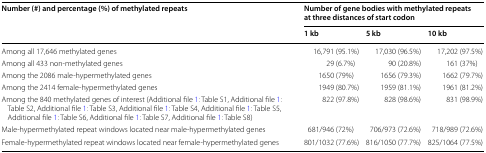
| <ROWSPAN=2> Number (#) and percentage (%) of methylated repeats | <COLSPAN=3> Number of gene bodies with methylated repeats at three distances of start codon |
 | 1 kb | 5 kb | 10 kb |
 | --- | --- | --- | --- |
 | Among all 17,646 methylated genes | 16,791 (95.1%) | 17,030 (96.5%) | 17,202 (97.5%) |
 | Among all 433 non-methylated genes | 29 (6.7%) | 90 (20.8%) | 161 (37%) |
 | Among the 2086 male-hypermethylated genes | 1650 (79%) | 1656 (79.3%) | 1662 (79.7%) |
 | Among the 2414 female-hypermethylated genes | 1949 (80.7%) | 1959 (81.1%) | 1961 (81.2%) |
 | Among the 840 methylated genes of interest (Additional file 1: Table S1, Additional file 1: Table S2, Additional file 1: Table S3, Additional file 1: Table S4, Additional file 1: Table S5, Additional file 1: Table S6, Additional file 1: Table S7, Additional file 1: Table S8) | 822 (97.8%) | 828 (98.6%) | 831 (98.9%) |
 | Male-hypermethylated repeat windows located near male-hypermethylated genes | 681/946 (72%) | 706/973 (72.6%) | 718/989 (72.6%) |
 | Female-hypermethylated repeat windows located near female-hypermethylated genes | 801/1032 (77.6%) | 816/1050 (77.7%) | 825/1064 (77.5%) |